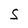
Character: S